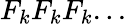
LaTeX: F_{k}F_{k}F_{k}...